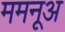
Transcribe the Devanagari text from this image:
ममनूअ